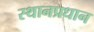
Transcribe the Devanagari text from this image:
स्थानप्रधान